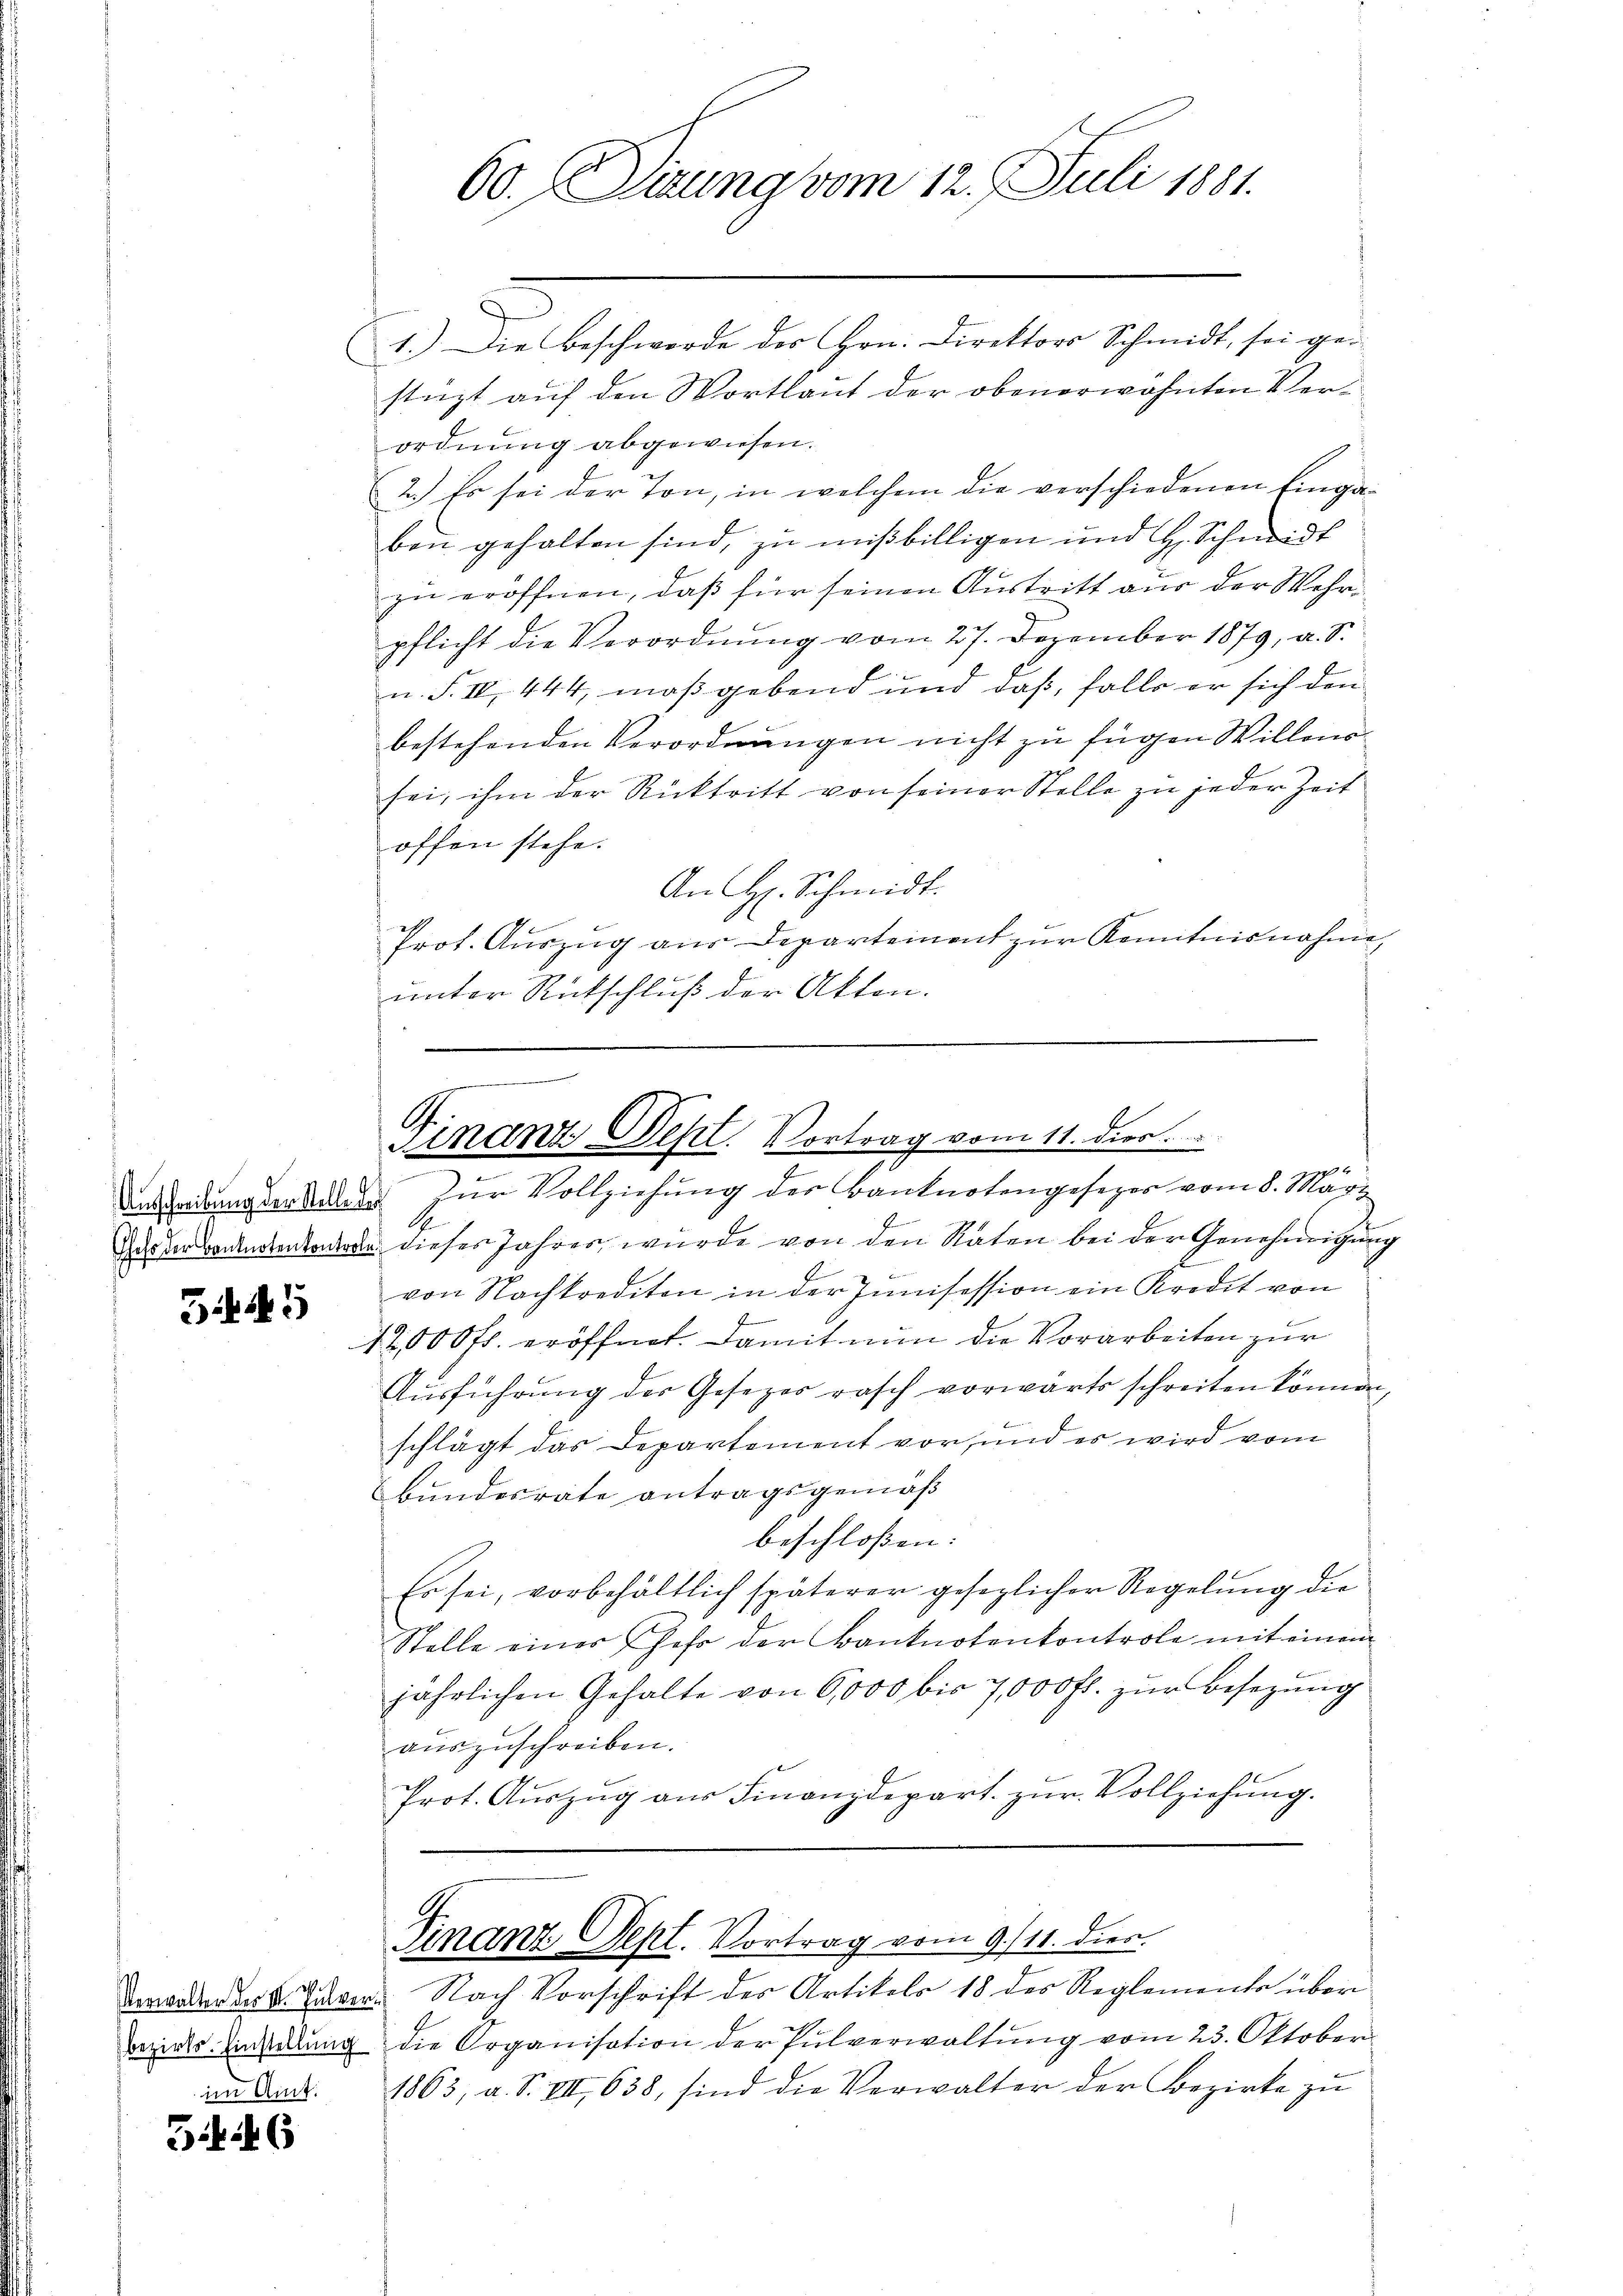
545

1.) Die Beschwerde des Hrn. Direktors Schmidt, sei ge-
d
stüzt auf den Wortlaut der obenerwähnten Verordnung abgewiesen.
2.) Es sei der Ton, in welchem die verschiedenen Eingaben gehalten sind, zu mißbilligen und H. Schmidt
zu eröffnen, daß für seinen Austritt aus der Wehrpflicht die Verordnung vom 27. Dezember 1879, u. S.
n. F. IV, 444, maßgebend und daß, falle er sich den
bestehenden Verordnungen nicht zu fügen Willend
sei, ihm der Rücktritt von seiner Stelle zu jeder Zeit
offen stehe.
An H. Schmidt.
Prot. Aŭszŭg aŭs Departement zŭr Kenntnisnahme,
unter Rückschluß der Akten.

im Amt.

346

60. Sitzung vom 12. Juli 1881.

Finanz. Sept. Vortrag vom 11. dies

t
2
Ansdedung derband zur Vollziehung der Banknotengesezes vom 8. März
G
us der Benkenkadre dieses Jahres, wurde von den Raten bei der Genehmigung
l
von Nachkrediton in der Junisession ein Kredit von
12,000 fr. eröffnet. Damit nun die Vorarbeiten zur
Ausführung der Gesezes rasch vorwärts schreiten können,
schlägt das Departement vor, und es wird vom
bundesrate antragsgemäß
beschloßen:
Es sei, vorbehältlich späterer gesezlicher Regelŭng die
Stelle eines Jahr der Banknotenkontrole mit einem
jährlichen Gehalte von 6,000 bis 7,000 fl. zur Besezung
auszuschreiben.
Prot. Auszug aus Finanzdepart zur Vollziehung.
Finanz. Sept. Vortrag vom 9/11. dies
Verwandter k. Jan. Nach Vorschrift des Artikels 18 des Reglements über
sezirks Zinsung die Organisation der Pulverwaltung vom 23. Oktober
1863, a. S. VIII 638, sind die Verwalter der Bezirke zŭ